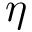
\eta